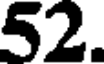
52.